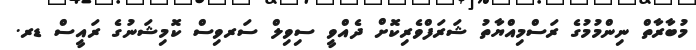
މުބާރާތް ނިންމުމުގެ ރަސްމިއްޔާތު ޝަރަފްވެރިކޮށް ދެއްވީ ސިވިލް ސަރވިސް ކޮމިޝަނުގެ ރައީސް ޑރ.